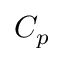
C _ { p }